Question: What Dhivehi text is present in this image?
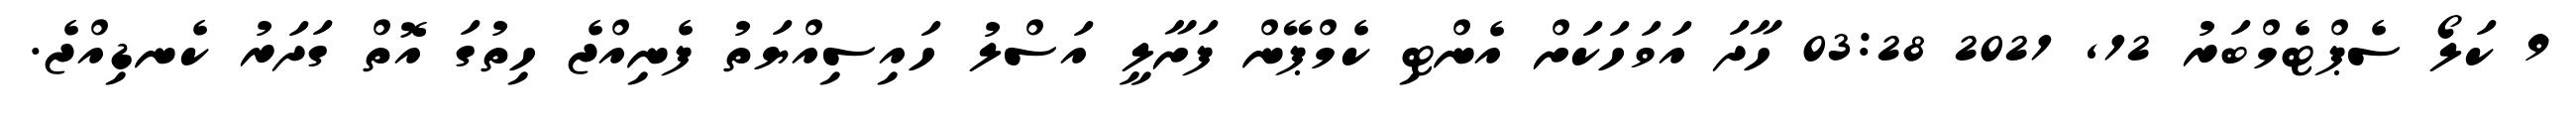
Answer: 9 ކަލޯ ސެޕްޓެމްބަރު 12, 2021 03:28 ހާދަ އަވަހަކަށް އެންޓި ކެމްޕޭން ފަށާލީ އަސްލު ހައިސިއްޔަތު ފެނިއްޖެ ހިތުގަ އޮތް ގަދަރު ކެނޑިއްޖެ.